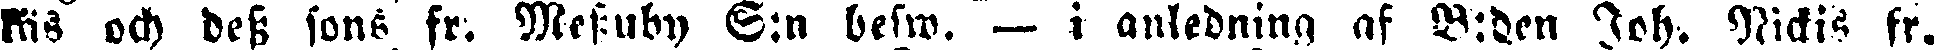
ris och dess sons fr. Messuby S:n besw. — i anledning af V:den Joh. Nickis fr.